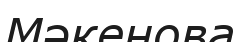
Мәкенова